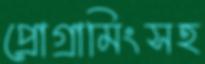
প্রোগ্রামিংসহ